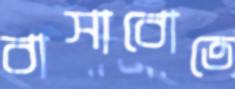
বাসাবোতে